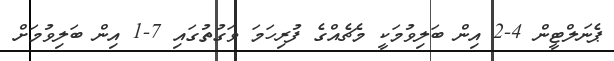
ޕެނަލްޓީން 4-2 އިން ބަލިވުމަކީ މެޗެއްގެ ފުރިހަމަ ވަގުތުގައި 7-1 އިން ބަލިވުމަށް